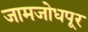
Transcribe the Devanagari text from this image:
जामजोधपूर